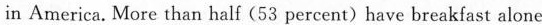
in America. More than half(53 percent)have breakfast alone